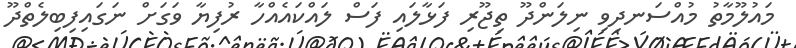
މައުލޫމާތު މުއްސަނދިވި ނިލަންދޫ ތިޖޫރި ފަޅާލައި ފަސް ލައްކައެއްހާ ރުފިޔާ ވަގަށް ނަގައިފިބިލެތްދޫ